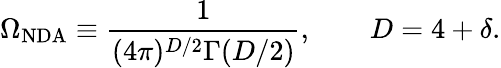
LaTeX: \Omega_{\mathrm{NDA}}\equiv\frac{1}{(4\pi)^{D/2}\Gamma(D/2)},\qquad D=4+\delta.